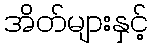
အိတ်များနှင့်